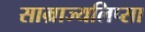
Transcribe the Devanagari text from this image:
साम्राज्यलिप्सा